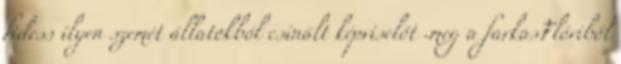
fidess ilyen szemét állatokból csinált képviselőt .meg a farkasFlóriból